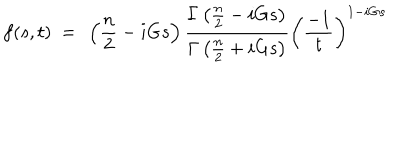
f ( s , t ) ~ = ~ \left( \frac { n } { 2 } - i G s \right) \frac { \Gamma \left( \frac { n } { 2 } - i G s \right) } { \Gamma \left( \frac { n } { 2 } + i G s \right) } \left( \frac { - 1 } { t } \right) ^ { 1 - i G s }